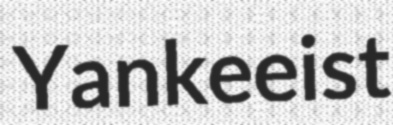
Yankeeist